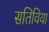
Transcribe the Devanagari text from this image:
सतिविया